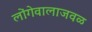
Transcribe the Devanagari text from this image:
लोंगेवालाजवळ